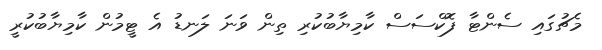
މެޗުގައި ސެންޓާ ފޮކްސަސް ކާމިޔާބުކުރި ތިން ވަނަ ލަނޑު އެ ޓީމުން ކާމިޔާބުކުރީ